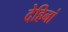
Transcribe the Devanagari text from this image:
देहिनां